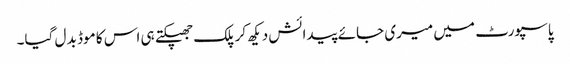
پاسپورٹ میں میری جائے پیدائش دیکھ کر پلک جھپکتے ہی اس کا موڈ بد ل گیا۔